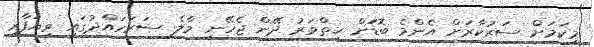
މިކަމަށް ސަރުކާރަށް އެންމެ ބޮޑަަށް ހިތްވަރު ދޭން ޖެހޭނީ މާލެ ސަރަހައްދުގައި ވިޔަފާރި